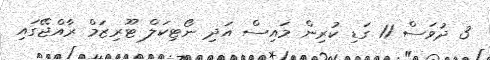
3 ދުވަސް 11 ގަޑި ކުރިން މައިސް އަދި ނޯޓިކަލް ޓޫރިޒަމް ރާއްޖޭގައި